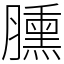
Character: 臐